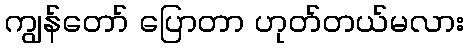
ကျွန်တော် ပြောတာ ဟုတ်တယ်မလား